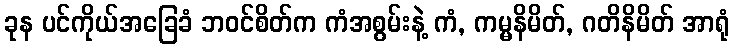
ခုန ပင်ကိုယ်အခြေခံ ဘဝင်စိတ်က ကံအစွမ်းနဲ့ ကံ, ကမ္မနိမိတ်, ဂတိနိမိတ် အာရုံ